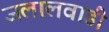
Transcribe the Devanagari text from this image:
जलालवाडी